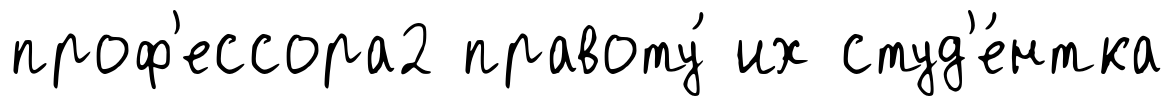
проф'ессора2 правоту́ их студ'е́нтка